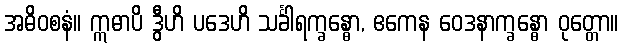
အဓိဝစနံ။ ဣဓာပိ ဒွီဟိ ပဒေဟိ သင်္ခါရက္ခန္ဓော, ဧကေန ဝေဒနာက္ခန္ဓော ဝုတ္တော။